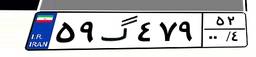
۵۸گ۰۰۸۸۸